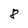
Character: 8